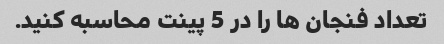
تعداد فنجان ها را در 5 پینت محاسبه کنید.